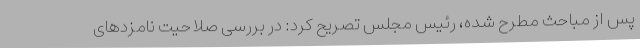
پس از مباحث مطرح شده، رئیس مجلس تصریح کرد: در بررسی صلاحیت نامزد‌های